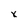
Character: x